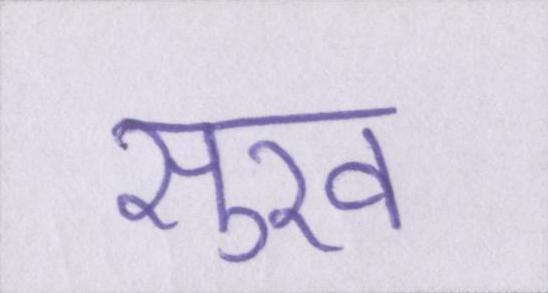
सुख